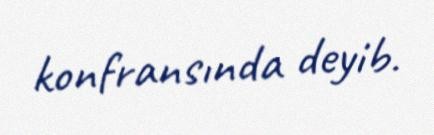
konfransında deyib.